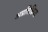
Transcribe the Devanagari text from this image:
अप्रतिक्रिया